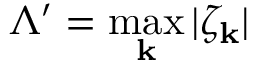
\Lambda ^ { \prime } = \operatorname* { m a x } _ { \mathbf { k } } | \zeta _ { \mathbf { k } } |